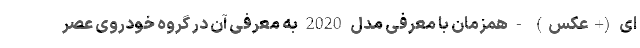
ای (+عکس) - همزمان با معرفی مدل 2020 به معرفی آن در گروه خودروی عصر